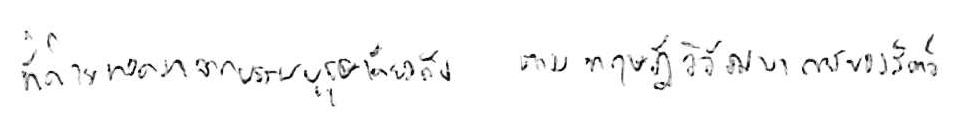
ที่ถ่ายทอดมาจากบรรพบุรุษเดียวกัน ตามทฤษฎีวิวัฒนาการของสัตว์